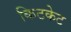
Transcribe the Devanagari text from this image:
किटकेट